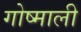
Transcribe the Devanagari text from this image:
गोष्माली